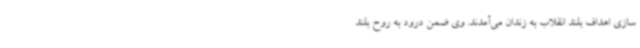
سازی اهداف بلند انقلاب به زندان می‌آمدند. وی ضمن درود به روح بلند